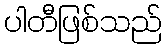
ပါတီဖြစ်သည်